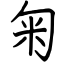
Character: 匊